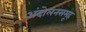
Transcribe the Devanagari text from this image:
अंदोलनसमूह